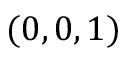
( 0 , 0 , 1 )